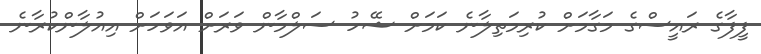
ފީފާގެ ރައީސްގެ މަގާމަށް ކުރިމަތިލާނެ ކަމަށް ޝޭހު ސަލްމާން ވަރަށް އަވަހަށް އިއުލާންކުރާނެ